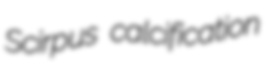
Scirpus calcification